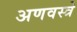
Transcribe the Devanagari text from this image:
अणवस्त्रे